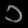
Digit: ၁